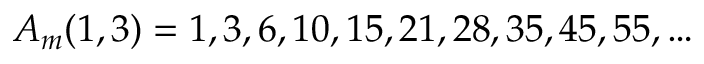
A _ { m } ( 1 , 3 ) = 1 , 3 , 6 , 1 0 , 1 5 , 2 1 , 2 8 , 3 5 , 4 5 , 5 5 , \ldots